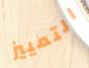
التمييز